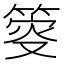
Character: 𥯴